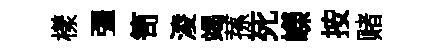
樣彊笥淩竭蓀死嶸按赌